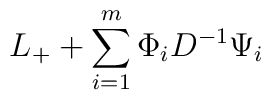
L_{+} + \sum_{i=1}^{m} \Phi_iD^{-1} \Psi_i